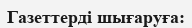
Газеттерді шығаруға: